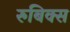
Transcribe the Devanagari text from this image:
रुबिक्स